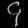
Digit: ၄